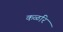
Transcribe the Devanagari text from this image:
कळरि